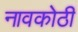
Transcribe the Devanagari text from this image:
नावकोठी